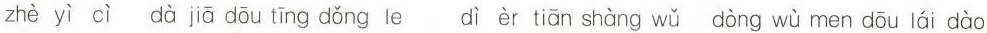
zhè yì cì dà jiā dōu tīng dǒng le dì èr tiān shàng wǔ dòng wù men dōu lái dào